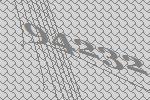
94232